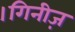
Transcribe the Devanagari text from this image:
।गिनीज़